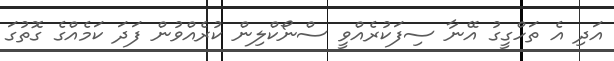
އަދި އެ ތަހްގީގު އޭނާ ސިފަކުރެއްވީ ސްނޯކްލިން ކުރެއްވުން ފަދަ ކަމެއްގެ ގޮތުގަ